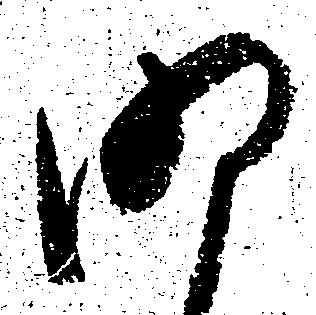
明